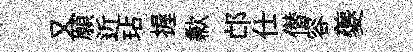
又願近玷握歉邙仕僣容夔